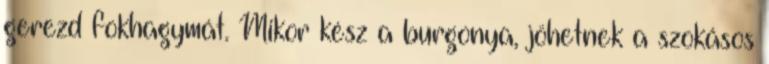
gerezd fokhagymát. Mikor kész a burgonya, jöhetnek a szokásos